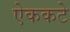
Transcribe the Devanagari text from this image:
ऐककटे